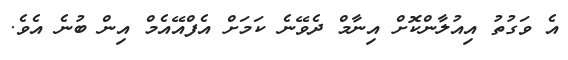
އެ ވަގުތު އިއުލާންކޮށް އިނާމް ދެވޭނެ ކަމަށް އެފްއޭއެމް އިން ބުނެ އެވެ.